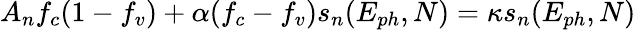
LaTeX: A_{n}f_{c}(1-f_{v})+\alpha(f_{c}-f_{v})s_{n}(E_{ph},N)=\kappa s_{n}(E_{ph},N)